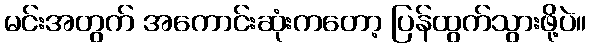
မင်းအတွက် အကောင်းဆုံးကတော့ ပြန်ထွက်သွားဖို့ပဲ။